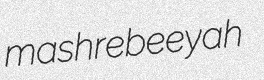
mashrebeeyah